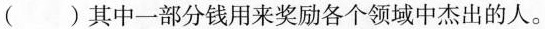
() 其中一部分钱用来奖励各个领域中杰出的人。